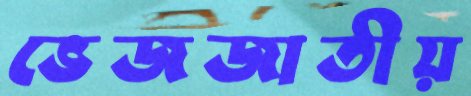
ভেজজাতীয়